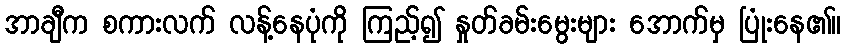
အာချီက စကားလက် လန့်နေပုံကို ကြည့်၍ နှုတ်ခမ်းမွေးများ အောက်မှ ပြုံးနေ၏။